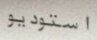
استوديو